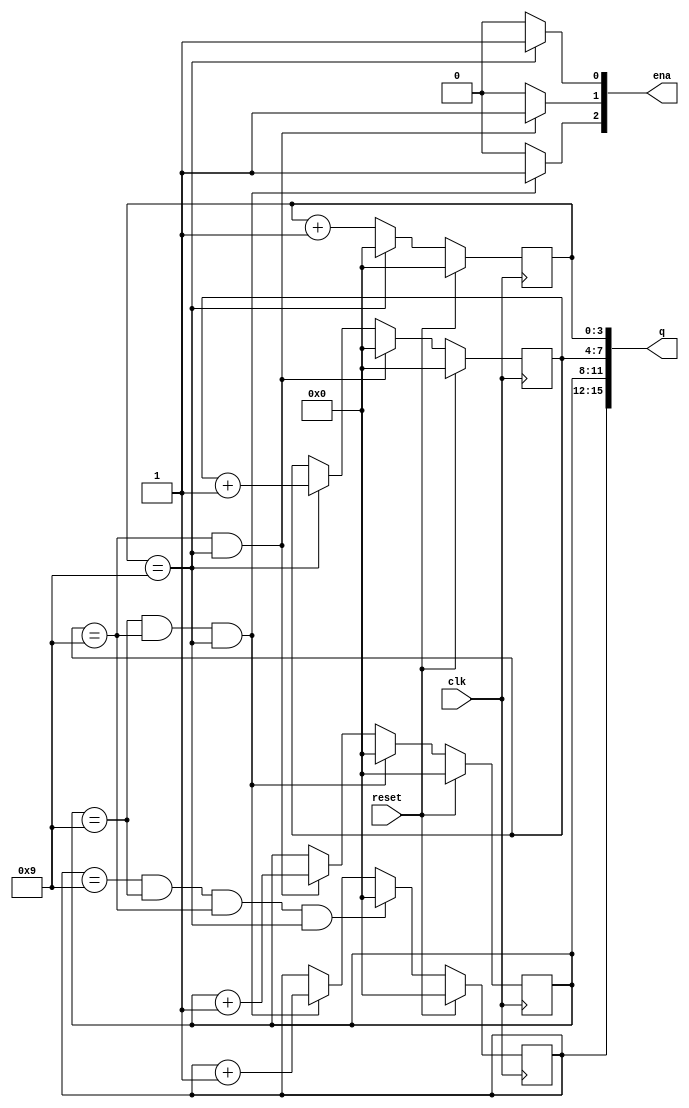
module top_module (
    input clk,
    input reset,  // Synchronous active-high reset
    output [3:1] ena,
    output [15:0] q
);

  reg [3:0] ones;
  reg [3:0] tens;
  reg [3:0] hundreds;
  reg [3:0] thousands;

  always @(posedge clk) begin
    if (reset) begin
      ones <= 4'd0;
    end else if (ones == 4'd9) begin
      ones <= 4'd0;
    end else begin
      ones <= ones + 1'b1;
    end
  end

  always @(posedge clk) begin
    if (reset) begin
      tens <= 4'd0;
    end else if (tens == 4'd9 && ones == 4'd9) begin
      tens <= 4'd0;
    end else if (ones == 4'd9) begin
      tens <= tens + 1'b1;
    end
  end

  always @(posedge clk) begin
    if (reset) begin
      hundreds <= 4'd0;
    end else if (hundreds == 4'd9 && tens == 4'd9 && ones == 4'd9) begin
      hundreds <= 4'd0;
    end else if (tens == 4'd9 && ones == 4'd9) begin
      hundreds <= hundreds + 1'b1;
    end
  end

  always @(posedge clk) begin
    if (reset) begin
      thousands <= 4'd0;
    end else if (thousands == 4'd9 && hundreds == 4'd9 && tens == 4'd9 && ones == 4'd9) begin
      thousands <= 4'd0;
    end else if (hundreds == 4'd9 && tens == 4'd9 && ones == 4'd9) begin
      thousands <= thousands + 1'b1;
    end
  end

  assign q = {thousands, hundreds, tens, ones};
  assign ena[1] = (ones == 4'd9) ? 1'b1 : 1'b0;
  assign ena[2] = (tens == 4'd9 && ones == 4'd9) ? 1'b1 : 1'b0;
  assign ena[3] = (hundreds == 4'd9 && tens == 4'd9 && ones == 4'd9) ? 1'b1 : 1'b0;

endmodule